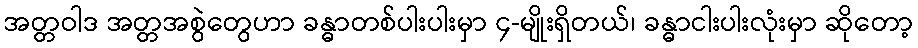
အတ္တဝါဒ အတ္တအစွဲတွေဟာ ခန္ဓာတစ်ပါးပါးမှာ ၄-မျိုးရှိတယ်၊ ခန္ဓာငါးပါးလုံးမှာ ဆိုတော့